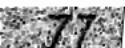
77